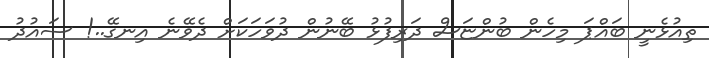
ތިއުޅެނީ ބައްޕަ މިހެން ބުންޏަސް ދަރިފުޅު ބޭނުން ދުވަހަކަށް ދެވޭނެ އިނގޭ..! ސައުދު